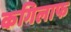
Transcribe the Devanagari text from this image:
कगिलाफ